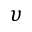
\upsilon